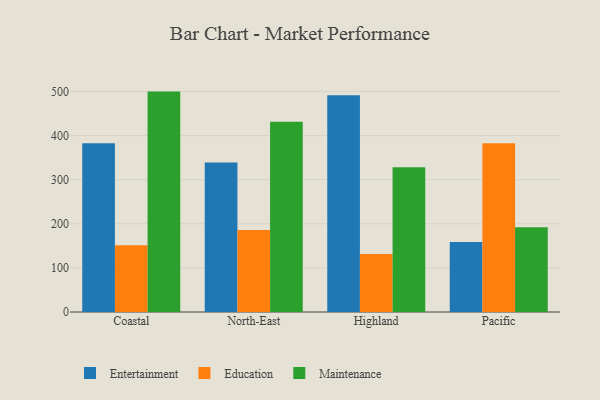
{"axis": {"x": "Region", "y": "Demand Index"}, "legend": ["Education", "Entertainment", "Maintenance"], "data": [{"x": "Coastal", "y": 382.7, "type": "Entertainment"}, {"x": "Coastal", "y": 151.1, "type": "Education"}, {"x": "Coastal", "y": 499.6, "type": "Maintenance"}, {"x": "North-East", "y": 339.0, "type": "Entertainment"}, {"x": "North-East", "y": 185.7, "type": "Education"}, {"x": "North-East", "y": 431.1, "type": "Maintenance"}, {"x": "Highland", "y": 491.2, "type": "Entertainment"}, {"x": "Highland", "y": 131.7, "type": "Education"}, {"x": "Highland", "y": 327.9, "type": "Maintenance"}, {"x": "Pacific", "y": 158.7, "type": "Entertainment"}, {"x": "Pacific", "y": 382.7, "type": "Education"}, {"x": "Pacific", "y": 192.2, "type": "Maintenance"}]}